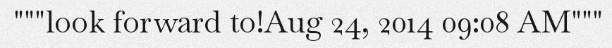
"""look forward to!Aug 24, 2014 09:08 AM"""